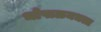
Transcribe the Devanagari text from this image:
भोपाळमधला